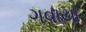
ગવાયા